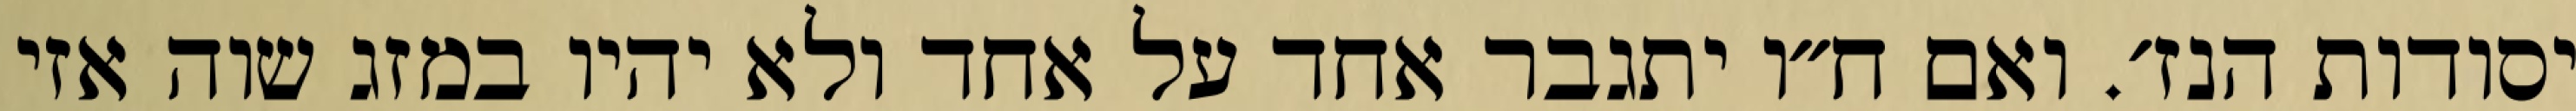
יסודות הנז׳. ואם ח״ו יתגבר אחד על אחד ולא יהיו במזג שוה אזי